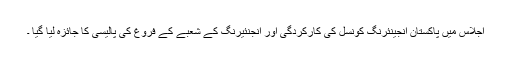
اجلاس میں پاکستان انجینئرنگ کونسل کی کارکردگی اور انجنئیرنگ کے شعبے کے فروغ کی پالیسی کا جائزہ لیا گیا ۔